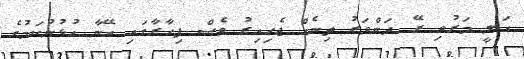
އަލީ މަރުވި ރޭ ދަންވަރު ތިނެއް ޖެހިއިރު ވެސް ފިހާރާގައި އޭނާ އުޅުނުކަމުގެ